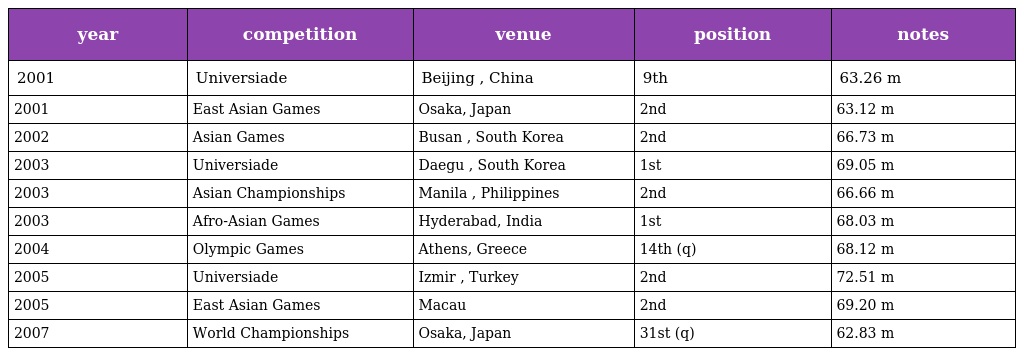
| year | competition | venue | position | notes |
 | --- | --- | --- | --- | --- |
 | 2001 | Universiade | Beijing , China | 9th | 63.26 m |
 | 2001 | East Asian Games | Osaka, Japan | 2nd | 63.12 m |
 | 2002 | Asian Games | Busan , South Korea | 2nd | 66.73 m |
 | 2003 | Universiade | Daegu , South Korea | 1st | 69.05 m |
 | 2003 | Asian Championships | Manila , Philippines | 2nd | 66.66 m |
 | 2003 | Afro-Asian Games | Hyderabad, India | 1st | 68.03 m |
 | 2004 | Olympic Games | Athens, Greece | 14th (q) | 68.12 m |
 | 2005 | Universiade | Izmir , Turkey | 2nd | 72.51 m |
 | 2005 | East Asian Games | Macau | 2nd | 69.20 m |
 | 2007 | World Championships | Osaka, Japan | 31st (q) | 62.83 m |